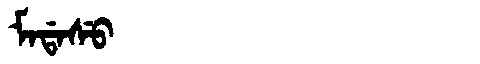
Manchu: ᠮᠠᡩᠠᠰᡠ
Romanization: MADASU